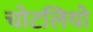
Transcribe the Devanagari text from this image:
चोटलियो